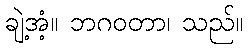
ချဲ့အံ့။ ဘဂဝတာ၊ သည်။